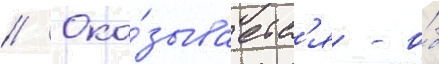
// Ока́зываетс'я - о́б